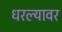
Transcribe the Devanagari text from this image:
धरल्यावर